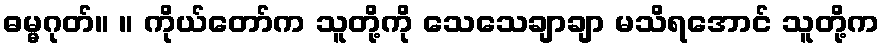
ဓမ္မဂုတ်။ ။ ကိုယ်တော်က သူတို့ကို သေသေချာချာ မသိရအောင် သူတို့က